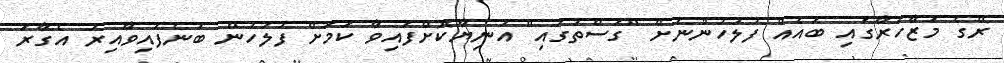
ރޭގެ މުޒާހަރާގައި ބައެއް ފުލުހުންނަށް "ގަސްތުގައި" އަނިޔާކޮށްފައިވާ ކަމަށް ފުލުހުން ބުނެފައިވާއިރު އެގާރަ